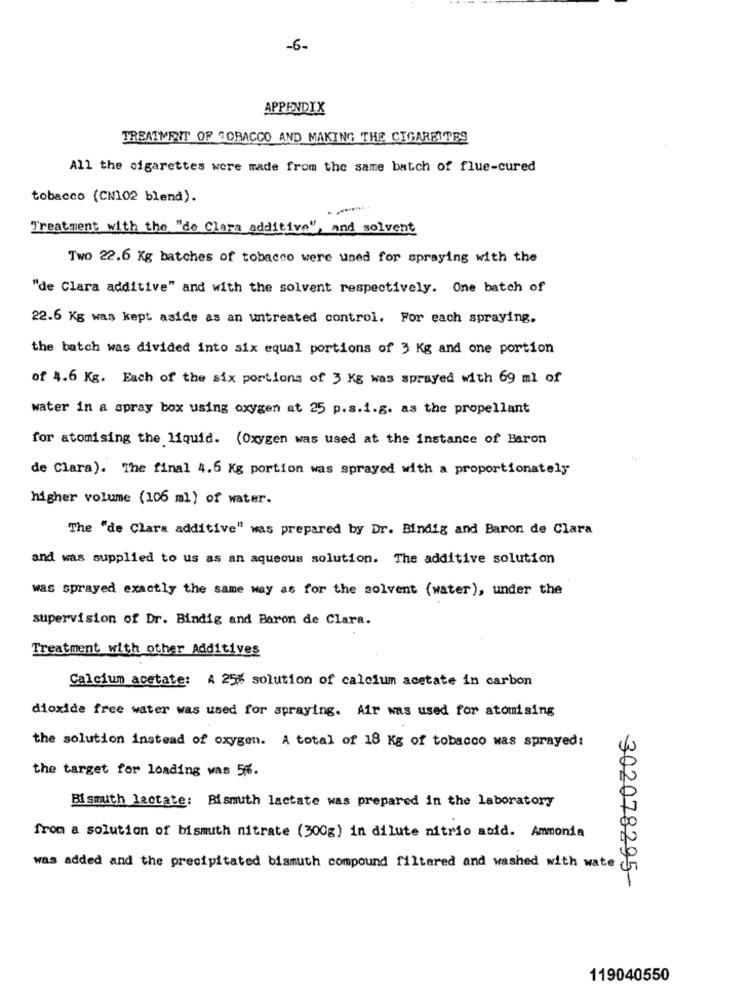
-6-
APPENDIX
TREATMENT OF TOBACCO AND MAKING THE CIGARETTES
All the cigarettes were made from the same batch of flue-cured
tobacco (CN102 blend).
Treatment with the "de Clara additive", and solvent
Two 22.6 Kg batches of tobacco were used for spraying with the
"de Clara additive" and with the solvent respectively. One batch of
22.6 Kg was kept aside as an untreated control. For each spraying.
the batch was divided into six equal portions of 3 Kg and one portion
of 4.6 Kg. Each of the six portions of 3 Kg was sprayed with 69 ml of
water in a spray box using oxygen at 25 p.s.i.g. as the propellant
for atomising the liquid. (Oxygen was used at the instance of Baron
de Clara). The final 4.6 Kg portion was sprayed with a proportionately
higher volume (106 ml) of water.
The "de Clara additive" was prepared by Dr. Bindig and Baron de Clara
and was supplied to us as an aqueous solution. The additive solution
was sprayed exactly the same way as for the solvent (water), under the
supervision of Dr. Bindig and Baron de Clara.
Treatment with other Additives
Calcium acetate: A 25% solution of calcium acetate in carbon
dioxide free water was used for spraying. Air was used for atomising
the solution instead of oxygen. A total of 18 Kg of tobacco was sprayed:
the target for loading was 5%.
Bismuth lactate: Bismuth lactate was prepared in the laboratory
from a solution of bismuth nitrate (300g) in dilute nitric acid. Ammonia
was added and the precipitated bismuth compound filtered and washed with wate
302078295-
119040550